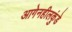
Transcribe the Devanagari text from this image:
आगेनहीलकुंडे